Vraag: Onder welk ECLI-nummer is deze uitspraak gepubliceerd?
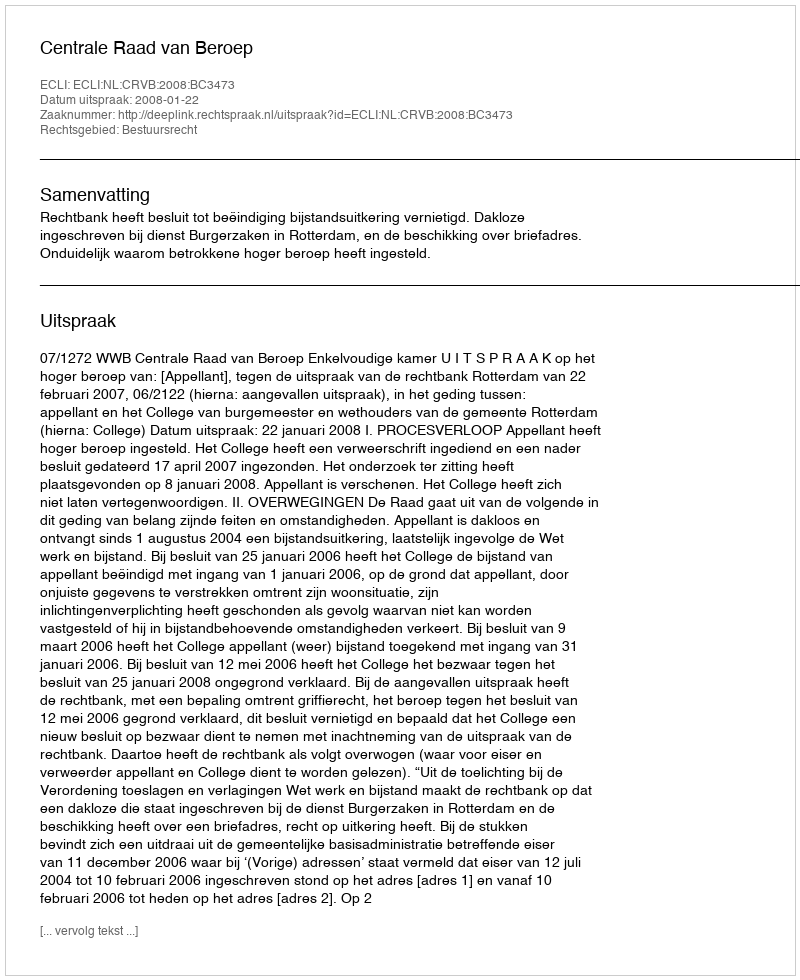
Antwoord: ECLI:NL:CRVB:2008:BC3473